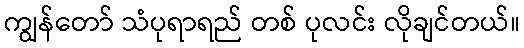
ကျွန်တော် သံပုရာရည် တစ် ပုလင်း လိုချင်တယ်။